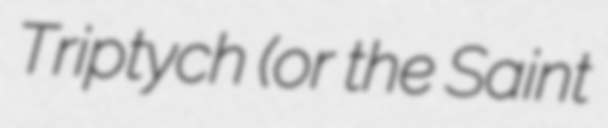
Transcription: Triptych (or the Saint